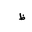
Letter: _za